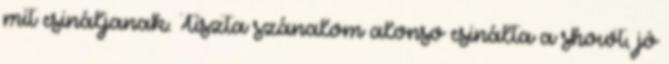
mit csináljanak. Tiszta szánalom alonso csinálta a showt, jó